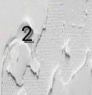
2